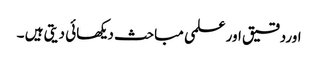
اوردقیق اور علمی مباحث دیکھائی دیتی ہیں ۔